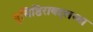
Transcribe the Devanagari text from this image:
युधिष्ठिराबद्दलच्या